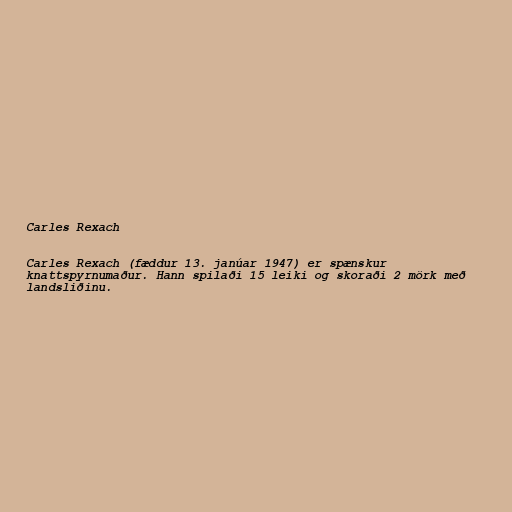
Carles Rexach

Carles Rexach (fæddur 13. janúar 1947) er spænskur
knattspyrnumaður. Hann spilaði 15 leiki og skoraði 2 mörk með
landsliðinu.